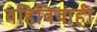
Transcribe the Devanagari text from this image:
वहिविवाही